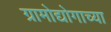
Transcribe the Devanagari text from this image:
ग्रामोद्योगाच्या